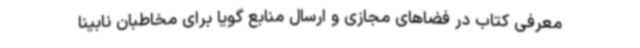
معرفی کتاب در فضاهای مجازی و ارسال منابع گویا برای مخاطبان نابینا